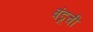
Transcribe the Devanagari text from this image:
बंडूची